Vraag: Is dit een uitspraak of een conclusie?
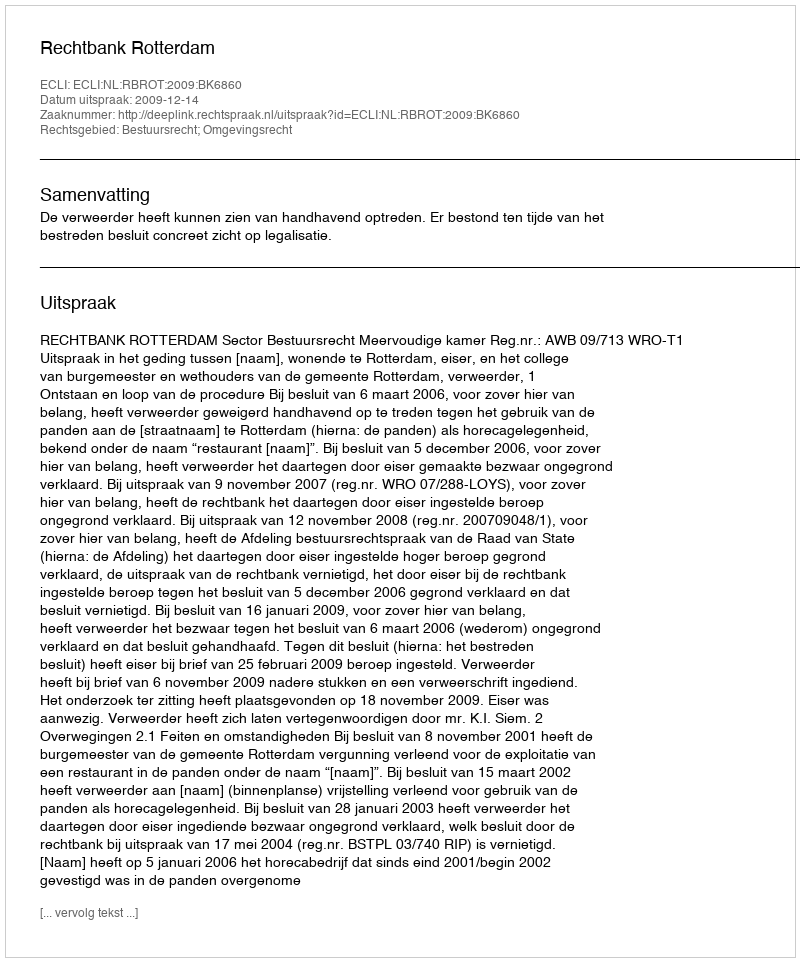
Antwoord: Uitspraak